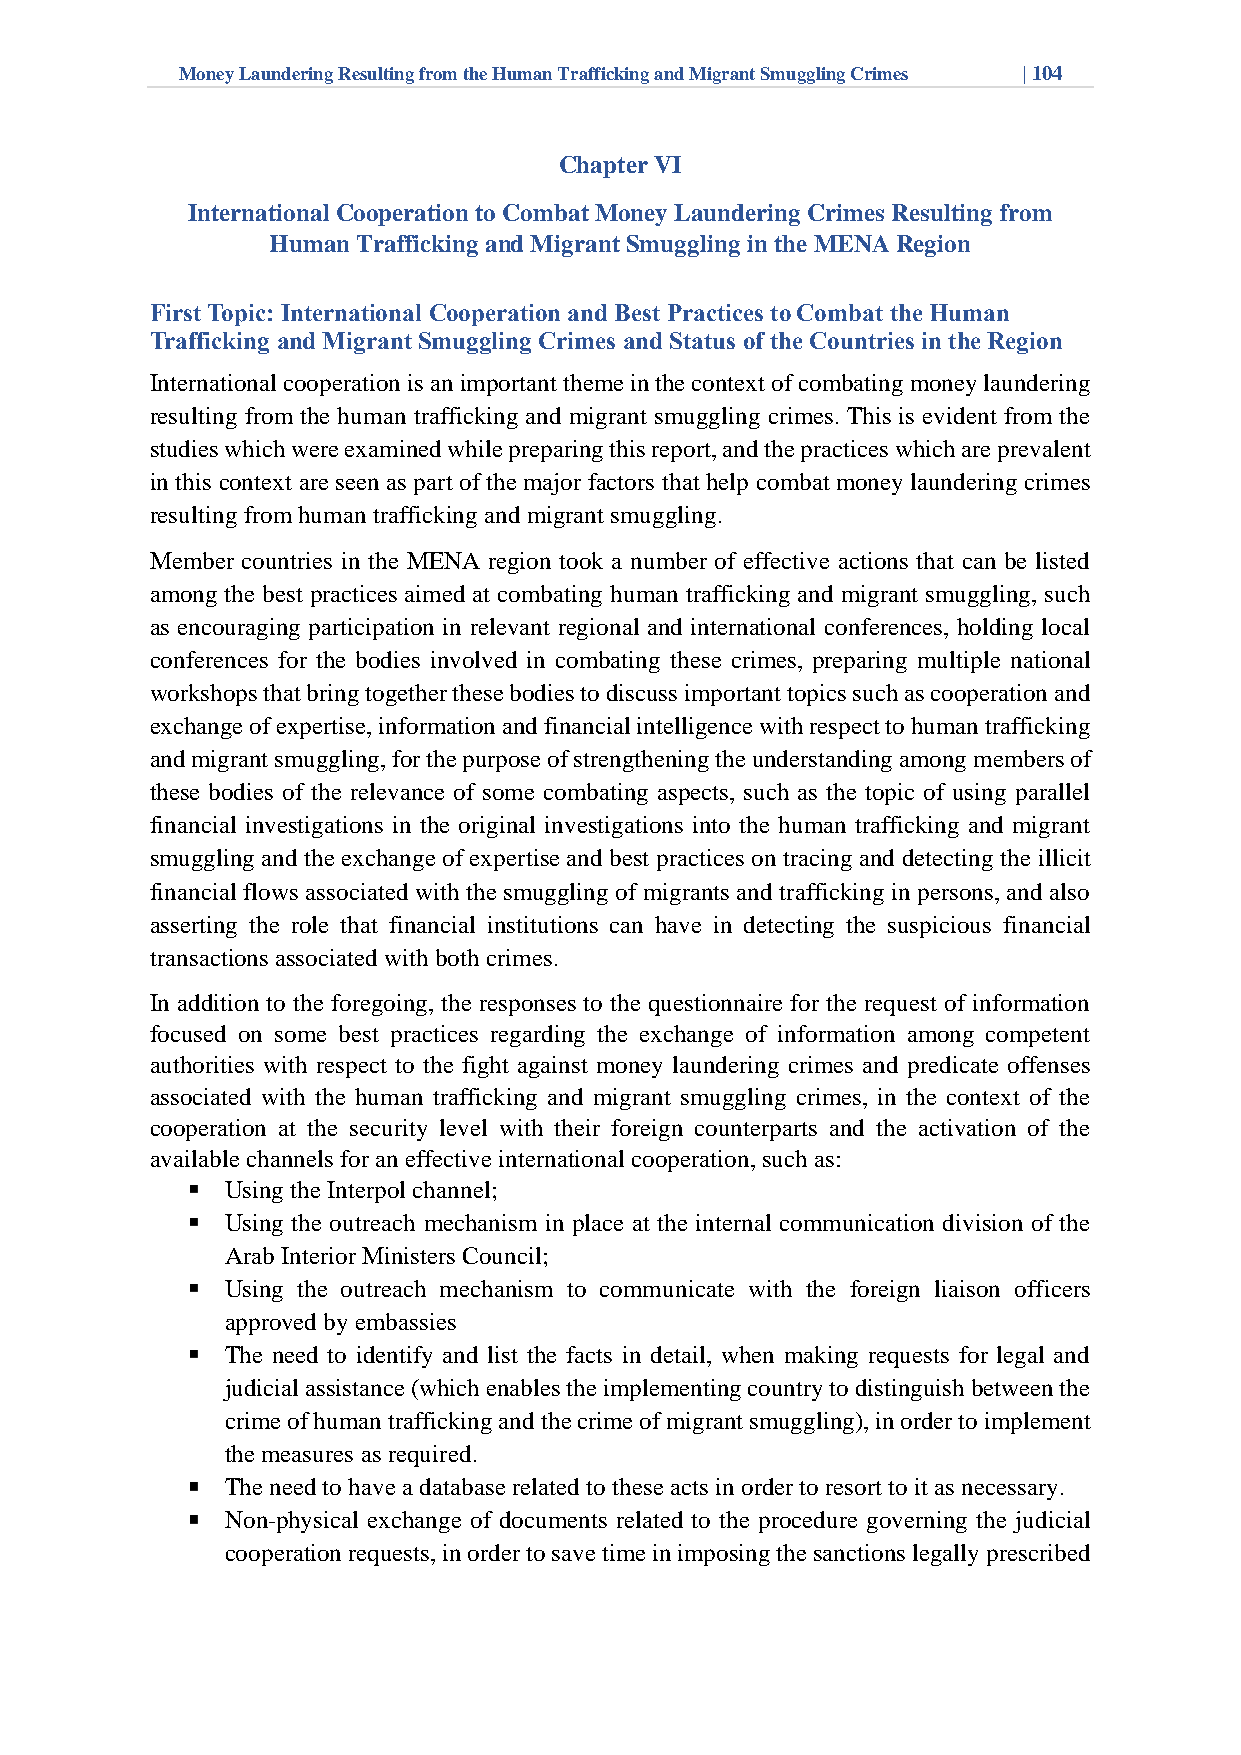
Money Laundering Resulting from the Human Trafficking and Migrant Smuggling Crimes | 104
 Chapter VI
 International Cooperation to Combat Money Laundering Crimes Resulting from
 Human Trafficking and Migrant Smuggling in the MENA Region
 First Topic: International Cooperation and Best Practices to Combat the Human
 Trafficking and Migrant Smuggling Crimes and Status of the Countries in the Region
 International cooperation is an important theme in the context of combating money laundering
 resulting from the human trafficking and migrant smuggling crimes. This is evident from the
 studies which were examined while preparing this report, and the practices which are prevalent
 in this context are seen as part of the major factors that help combat money laundering crimes
 resulting from human trafficking and migrant smuggling.
 Member countries in the MENA region took a number of effective actions that can be listed
 among the best practices aimed at combating human trafficking and migrant smuggling, such
 as encouraging participation in relevant regional and international conferences, holding local
 conferences for the bodies involved in combating these crimes, preparing multiple national
 workshops that bring together these bodies to discuss important topics such as cooperation and
 exchange of expertise, information and financial intelligence with respect to human trafficking
 and migrant smuggling, for the purpose of strengthening the understanding among members of
 these bodies of the relevance of some combating aspects, such as the topic of using parallel
 financial investigations in the original investigations into the human trafficking and migrant
 smuggling and the exchange of expertise and best practices on tracing and detecting the illicit
 financial flows associated with the smuggling of migrants and trafficking in persons, and also
 asserting the role that financial institutions can have in detecting the suspicious financial
 transactions associated with both crimes.
 In addition to the foregoing, the responses to the questionnaire for the request of information
 focused on some best practices regarding the exchange of information among competent
 authorities with respect to the fight against money laundering crimes and predicate offenses
 associated with the human trafficking and migrant smuggling crimes, in the context of the
 cooperation at the security level with their foreign counterparts and the activation of the
 available channels for an effective international cooperation, such as:
 Using the Interpol channel;
 Using the outreach mechanism in place at the internal communication division of the
 Arab Interior Ministers Council;
 Using the outreach mechanism to communicate with the foreign liaison officers
 approved by embassies
 The need to identify and list the facts in detail, when making requests for legal and
 judicial assistance (which enables the implementing country to distinguish between the
 crime of human trafficking and the crime of migrant smuggling), in order to implement
 the measures as required.
 The need to have a database related to these acts in order to resort to it as necessary.
 Non-physical exchange of documents related to the procedure governing the judicial
 cooperation requests, in order to save time in imposing the sanctions legally prescribed